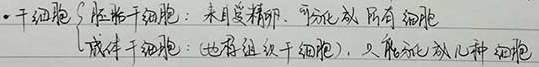
#NAME?